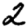
Digit: 2